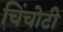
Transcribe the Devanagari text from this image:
चिंचोटी